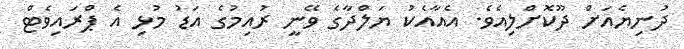
ދުނިޔެއަށް ދޫކޮށްލިއެވެ. އެއާއެކު ޔަލްދާގެ ވޭނީ ރުއިމުގެ އަޑު މުޅި އެ ޕްރައިވެޓް